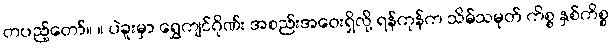
တပည့်တော်။ ။ ပဲခူးမှာ ရွှေကျင်ဂိုဏ်း အစည်းအဝေးရှိလို့ ရန်ကုန်က သိမ်သမုတ် ကိစ္စ နှစ်ကိစ္စ